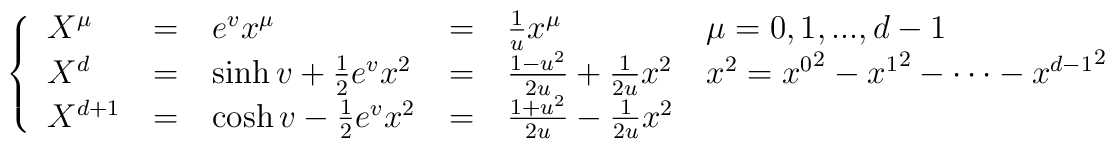
\left\{\begin{tabular}{lclcll} $X^{\mu} $&=& $e^{ {v}} x^\mu  $ & =& $\frac{ 1}{u}x^\mu  $& $ { \mu=0,1,...,d-1}$\cr  $X^{d} $&=& $\sinh  {v} + \frac 12 e^{ {v}} x^2 $  & =& $\frac{1-u^2}{2u} + \frac {1}{2 u} x^2$ & $x^2 ={ x^0}^2- {x^1}^2- \cdots -{x^{d-1}}^2$  \cr $X^{d+1}$&=&$ \cosh  {v} - \frac 12 e^{ {v}} x^2$ &  =& $\frac{1+u^2}{2u} - \frac {1}{2 u} x^2$& \end{tabular}\right.